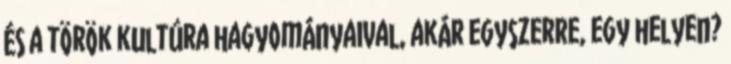
és a török kultúra hagyományaival, akár egyszerre, egy helyen?